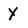
Character: Y